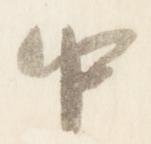
中